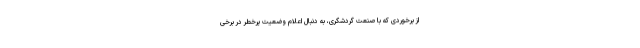
از برخوردی که با صنعت گردشگری، به دنبال اعلام وضعیت پرخطر در برخی